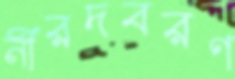
নীরদবরণ